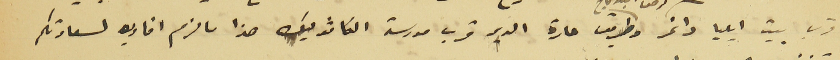
قرب بيت ايليا داغر وطريق حارة الدير قرب مدرسة الكاثوليك هذا ما لزم افاد به لسعادتكم